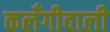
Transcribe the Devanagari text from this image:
कलँगीवाली